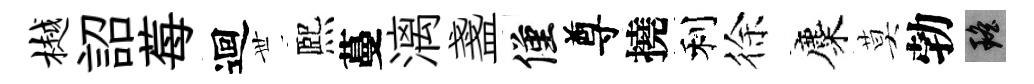
樾詔莓迴𠀍熈蔓漓盞僅尊撓利徐麋莫勃瑶